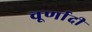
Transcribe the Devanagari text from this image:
चूर्णादी